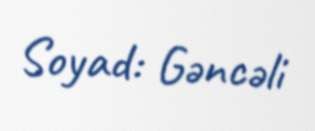
Soyad: Gəncəli